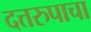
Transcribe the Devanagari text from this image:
दत्तरुपाचा